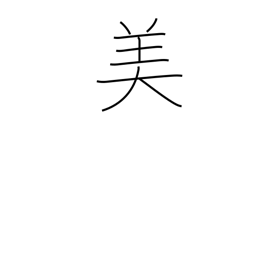
Meaning: beautiful